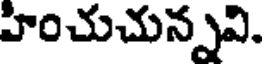
హించుచున్నవి.